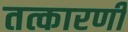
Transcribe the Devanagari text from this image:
तत्कारणी